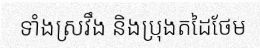
ទាំងស្រវឹង និងប្រុងតដៃថែម